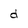
Character: d